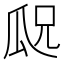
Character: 𬎢